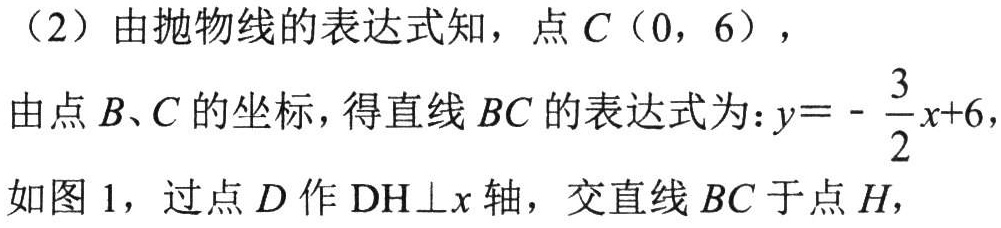
（2）由抛物线的表达式知，点\(C(0,6)\)，
由点\(B、C\)的坐标，得直线\(BC\)的表达式为：\(y =-\dfrac{3}{2}x + 6\)，
如图 1，过点\(D\)作\(DH\perp x\)轴，交直线\(BC\)于点\(H\)，